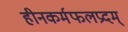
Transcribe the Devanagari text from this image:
हीनकर्मफलप्रदम्